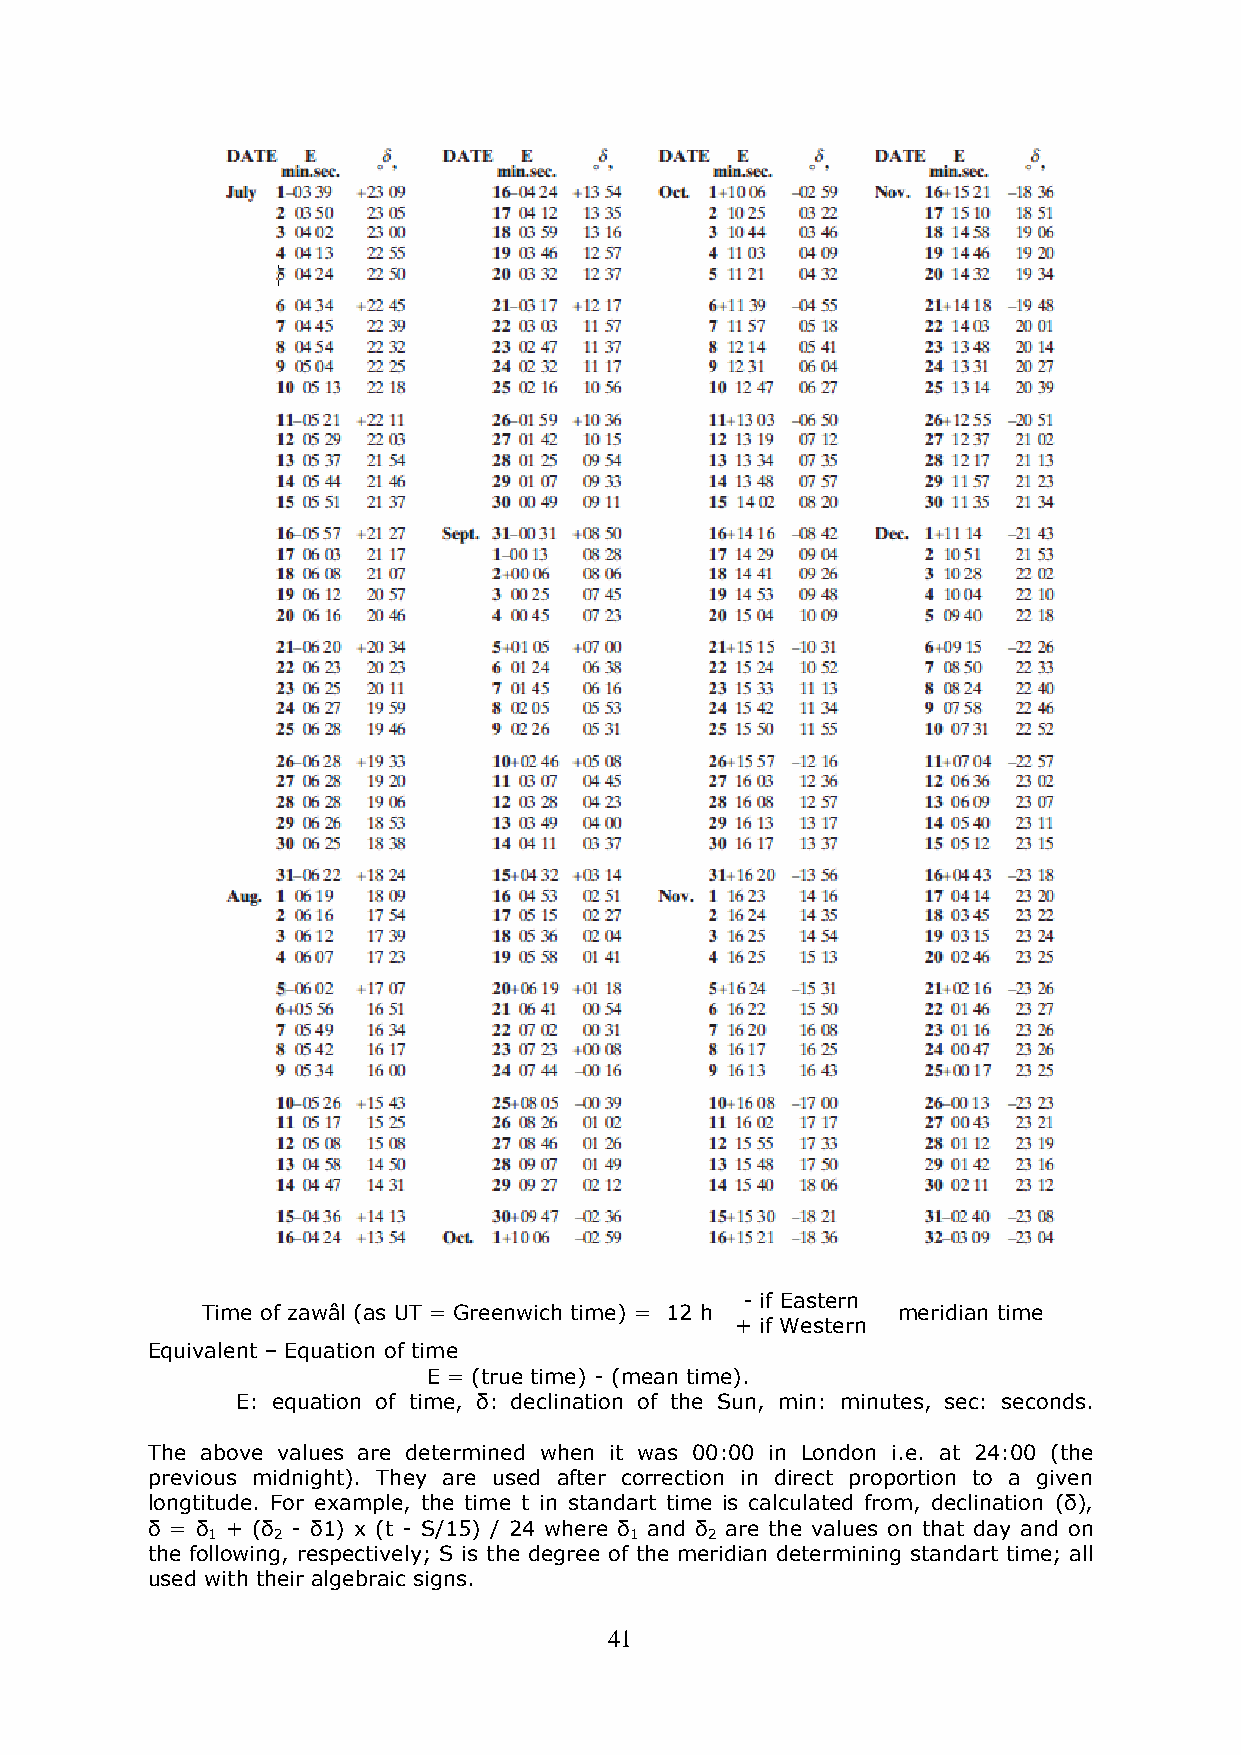
- if Eastern
 Time of zawâl (as UT = Greenwich time) = 12 h meridian time
 + if Western
 Equivalent – Equation of time
 E = (true time) - (mean time).
 E: equation of time, δ: declination of the Sun, min: minutes, sec: seconds.
 The above values are determined when it was 00:00 in London i.e. at 24:00 (the
 previous midnight). They are used after correction in direct proportion to a given
 longtitude. For example, the time t in standart time is calculated from, declination (δ),
 δ = δ + (δ - δ1) x (t - S/15) / 24 where δ and δ are the values on that day and on
 1   2                       1    2
 the following, respectively; S is the degree of the meridian determining standart time; all
 used with their algebraic signs.
 41